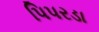
પિપરડા